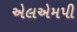
એલએમપી